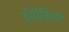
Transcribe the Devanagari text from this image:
दीर्घिकेची